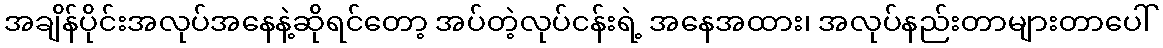
အချိန်ပိုင်းအလုပ်အနေနဲ့ဆိုရင်တော့ အပ်တဲ့လုပ်ငန်းရဲ့ အနေအထား၊ အလုပ်နည်းတာများတာပေါ်